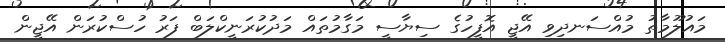
މައުލޫމާތު މުއްސަނދިވި އޭޖީ އޮފީހުގެ ސިޔާސީ މަގާމުތައް މަދުކުރަނީކްލަބް ފަރު ހުސްކުރަން އޭޖީން